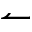
\leftharpoonup